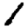
Digit: 1